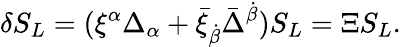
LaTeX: \delta S_{L}=(\xi^{\alpha}\Delta_{\alpha}+\bar{\xi}_{\dot{\beta}}\bar{\Delta}^{\dot{\beta}})S_{L}=\Xi S_{L}.